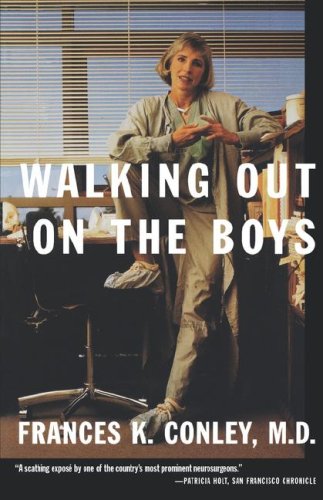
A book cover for Walking Out on the Boys; Frances K. Conley; Biographies & Memoirs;